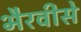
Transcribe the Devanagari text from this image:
भैरवीसे